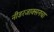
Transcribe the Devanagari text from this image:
नीडरजाक्सनचा